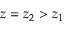
z = z _ { 2 } > z _ { 1 }